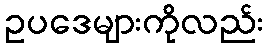
ဥပဒေများကိုလည်း